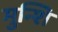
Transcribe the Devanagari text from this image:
मुन्शि